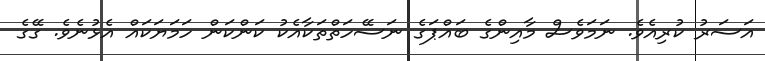
އަސަރު ކުރިއެވެ. ނަމަވެސް މާއިންގެ ބައްޕަގެ ނަސޭހަތްތަކާއެކު ކަންކަން ހަމަޔަކައް އެޅުނެވެ. ގޭގެ